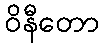
ဝိနီတော